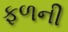
ફળની